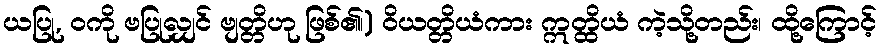
ယပြု, ဝကို ဗပြုလျှင် ဗျတ္တိဟု ဖြစ်၏၊) ဝိယတ္တိယံကား ဣတ္ထိယံ ကဲ့သို့တည်း၊ ထို့ကြောင့်